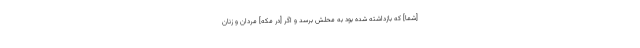
[شما] كه بازداشته شده بود به محلش برسد و اگر [در مكه] مردان و زنان